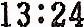
13:24